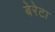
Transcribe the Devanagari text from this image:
बेरेटा